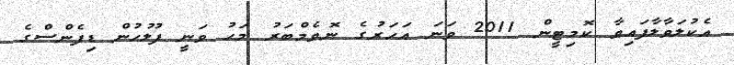
އެކުލަވާލާފައިވާ ކޮމިޓީން 2011 ވަނަ އަހަރުގެ ނޮވެމްބަރު މަހު ވަނީ ފުލުހުން ޑިފެންސްގެ